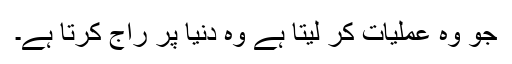
جو وہ عملیات کر لیتا ہے وہ دنیا پر راج کرتا ہے۔